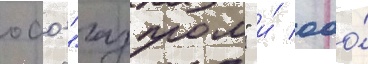
оао "газпром" и́ ооо́